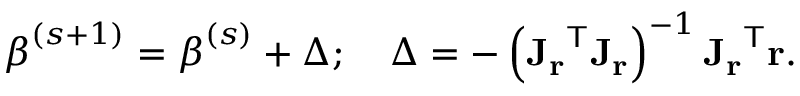
{ \boldsymbol { \beta } } ^ { ( s + 1 ) } = { \boldsymbol { \beta } } ^ { ( s ) } + \Delta ; \quad \Delta = - \left( \mathbf { J _ { r } } ^ { \mathsf { T } } \mathbf { J _ { r } } \right) ^ { - 1 } \mathbf { J _ { r } } ^ { \mathsf { T } } \mathbf { r } .